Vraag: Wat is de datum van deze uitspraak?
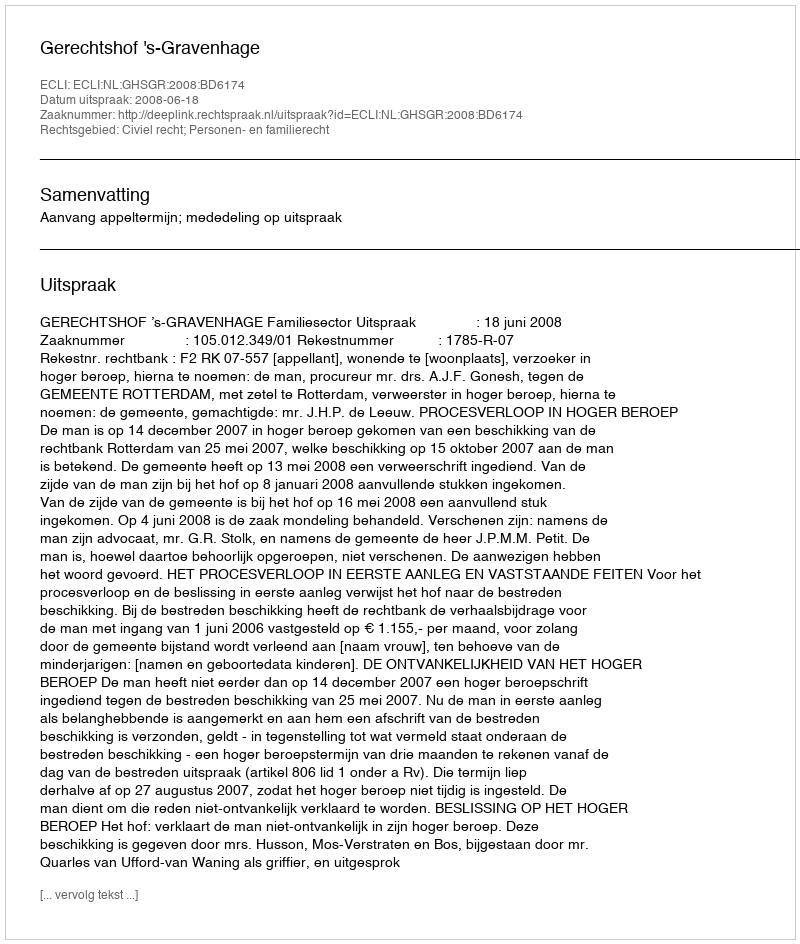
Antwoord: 2008-06-18